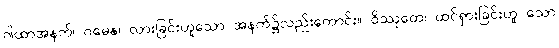
ဂါထာအနက်၊ ဂမေန၊ လားခြင်းဟူသော အနက်၌လည်းကောင်း။ ဝိဿုတေ၊ ထင်ရှားခြင်းဟူ သော